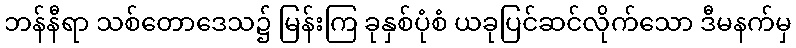
ဘန်နီရာ သစ်တောဒေသ၌ မြန်းကြ ခုနှစ်ပုံစံ ယခုပြင်ဆင်လိုက်သော ဒီမနက်မှ